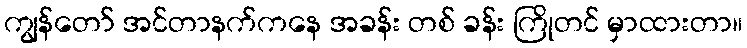
ကျွန်တော် အင်တာနက်ကနေ အခန်း တစ် ခန်း ကြိုတင် မှာထားတာ။